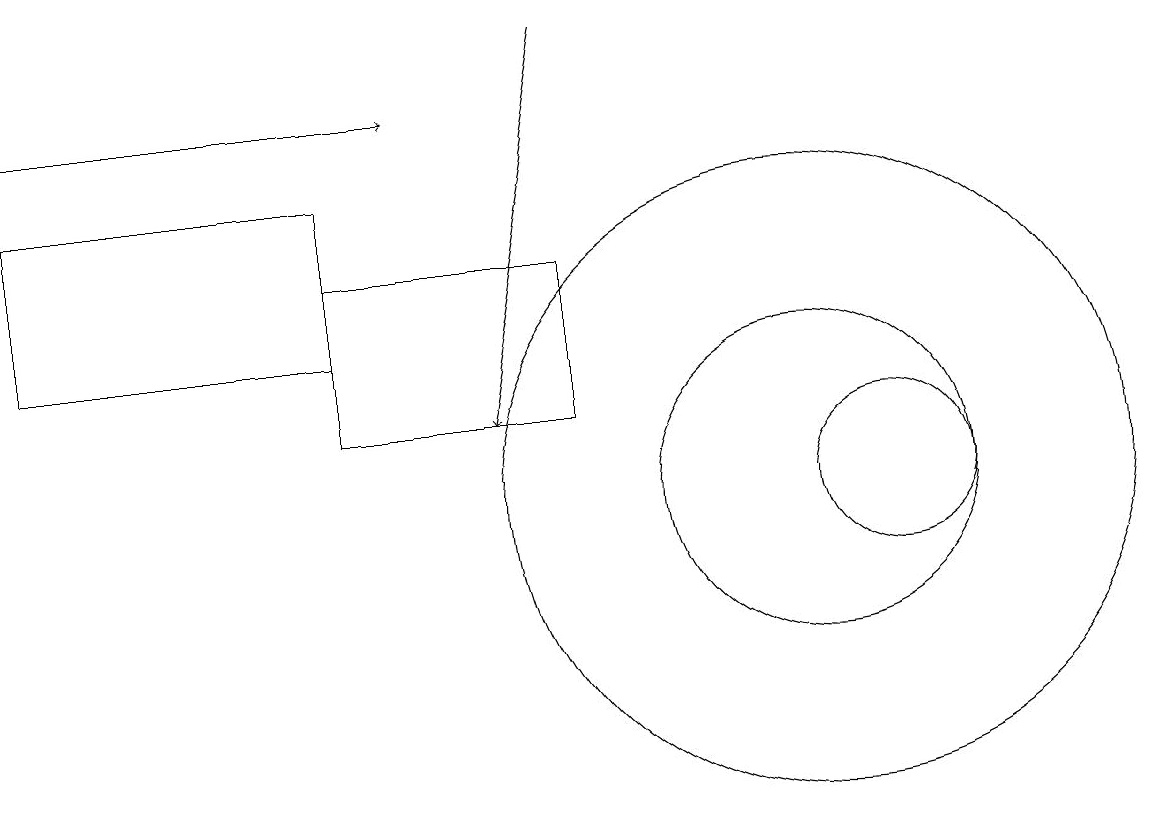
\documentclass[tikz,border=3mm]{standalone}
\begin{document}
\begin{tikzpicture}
\draw (0,12) rectangle (4,14);
\draw (10,10) circle (4);
\draw[->] (7,16) -- (6,11);
\draw (11,10) circle (1);
\draw[->] (0,15) -- (5,15);
\draw (7,13) rectangle (4,11);
\draw (10,10) circle (2);
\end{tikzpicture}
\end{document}